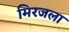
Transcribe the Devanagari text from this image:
मिरजला